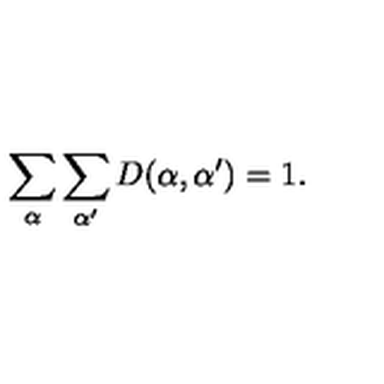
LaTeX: \sum _ { \alpha } \sum _ { \alpha ^ { \prime } } D ( \alpha , \alpha ^ { \prime } ) = 1 .